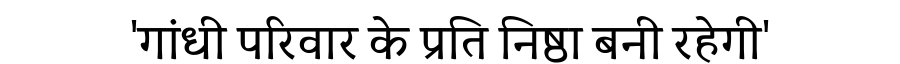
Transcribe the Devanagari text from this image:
'गांधी परिवार के प्रति निष्ठा बनी रहेगी'